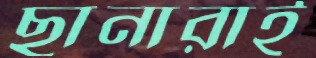
ছানারাই